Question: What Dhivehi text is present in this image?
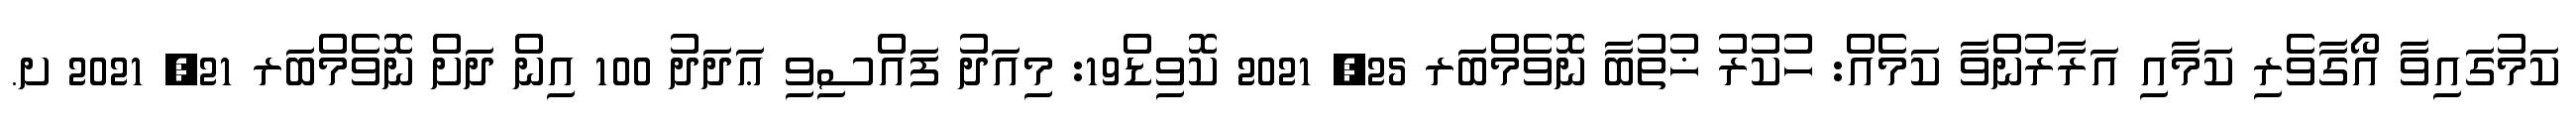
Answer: ކަމުގައިވާ އޯގާވެރި ކަމާއި އަރާރުންވާ ކަމެއް: ހުކުރު ޚުތުބާ ނޮވެމްބަރ 25, 2021 ކޮވިޑް19: މިއަދު ފައްސިވި ޢަދަދު 100 އިން ދަށް ނޮވެމްބަރ 21, 2021 ށ.